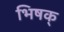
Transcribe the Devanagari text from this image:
भिषक्